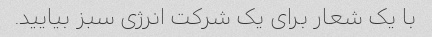
با یک شعار برای یک شرکت انرژی سبز بیایید.